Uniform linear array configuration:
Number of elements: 24
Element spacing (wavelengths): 0.25
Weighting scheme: blackman
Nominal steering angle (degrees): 30
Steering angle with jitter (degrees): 29.353
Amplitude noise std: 0.05
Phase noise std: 0.05

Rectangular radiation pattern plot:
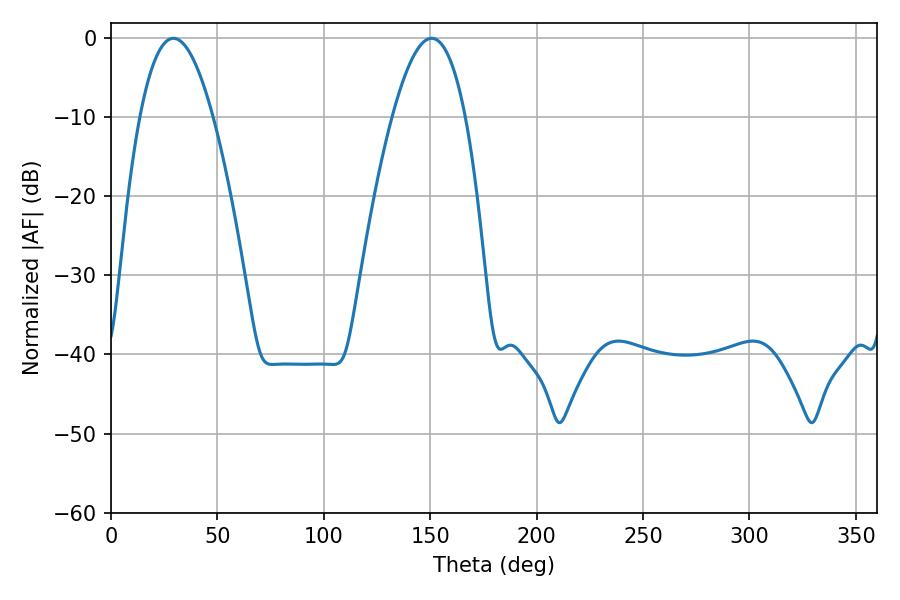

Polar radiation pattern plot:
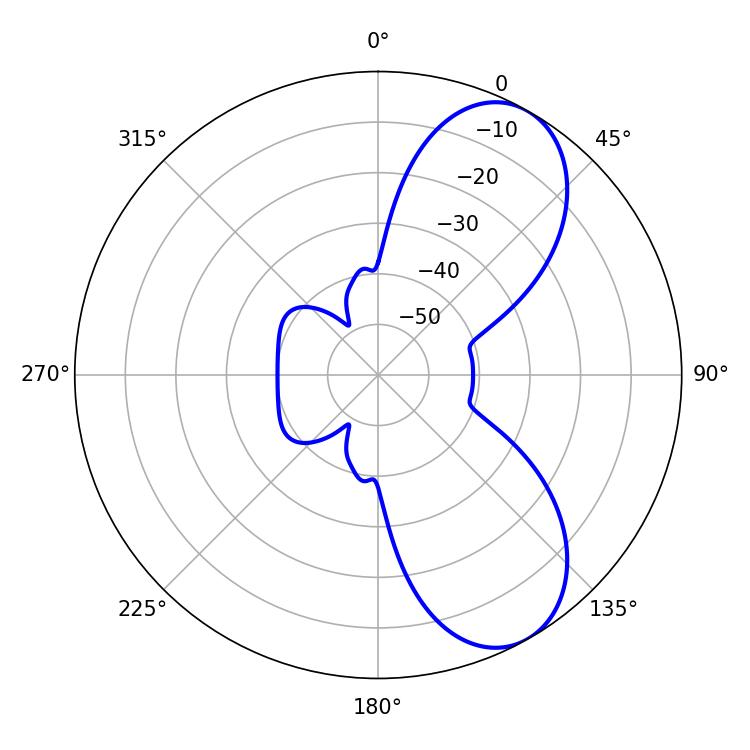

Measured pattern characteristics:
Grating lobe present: FALSE
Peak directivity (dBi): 7.552
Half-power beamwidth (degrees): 18.9
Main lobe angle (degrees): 29.34